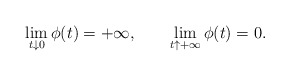
\begin{align*}\lim_{t\downarrow0}\phi(t)=+\infty,\qquad\lim_{t\uparrow+\infty}\phi(t)=0.\end{align*}